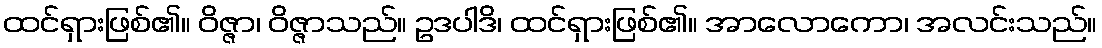
ထင်ရှားဖြစ်၏။ ဝိဇ္ဇာ၊ ဝိဇ္ဇာသည်။ ဥဒပါဒိ၊ ထင်ရှားဖြစ်၏။ အာလောကော၊ အလင်းသည်။